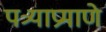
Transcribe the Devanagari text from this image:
पत्र्याप्रमाणे